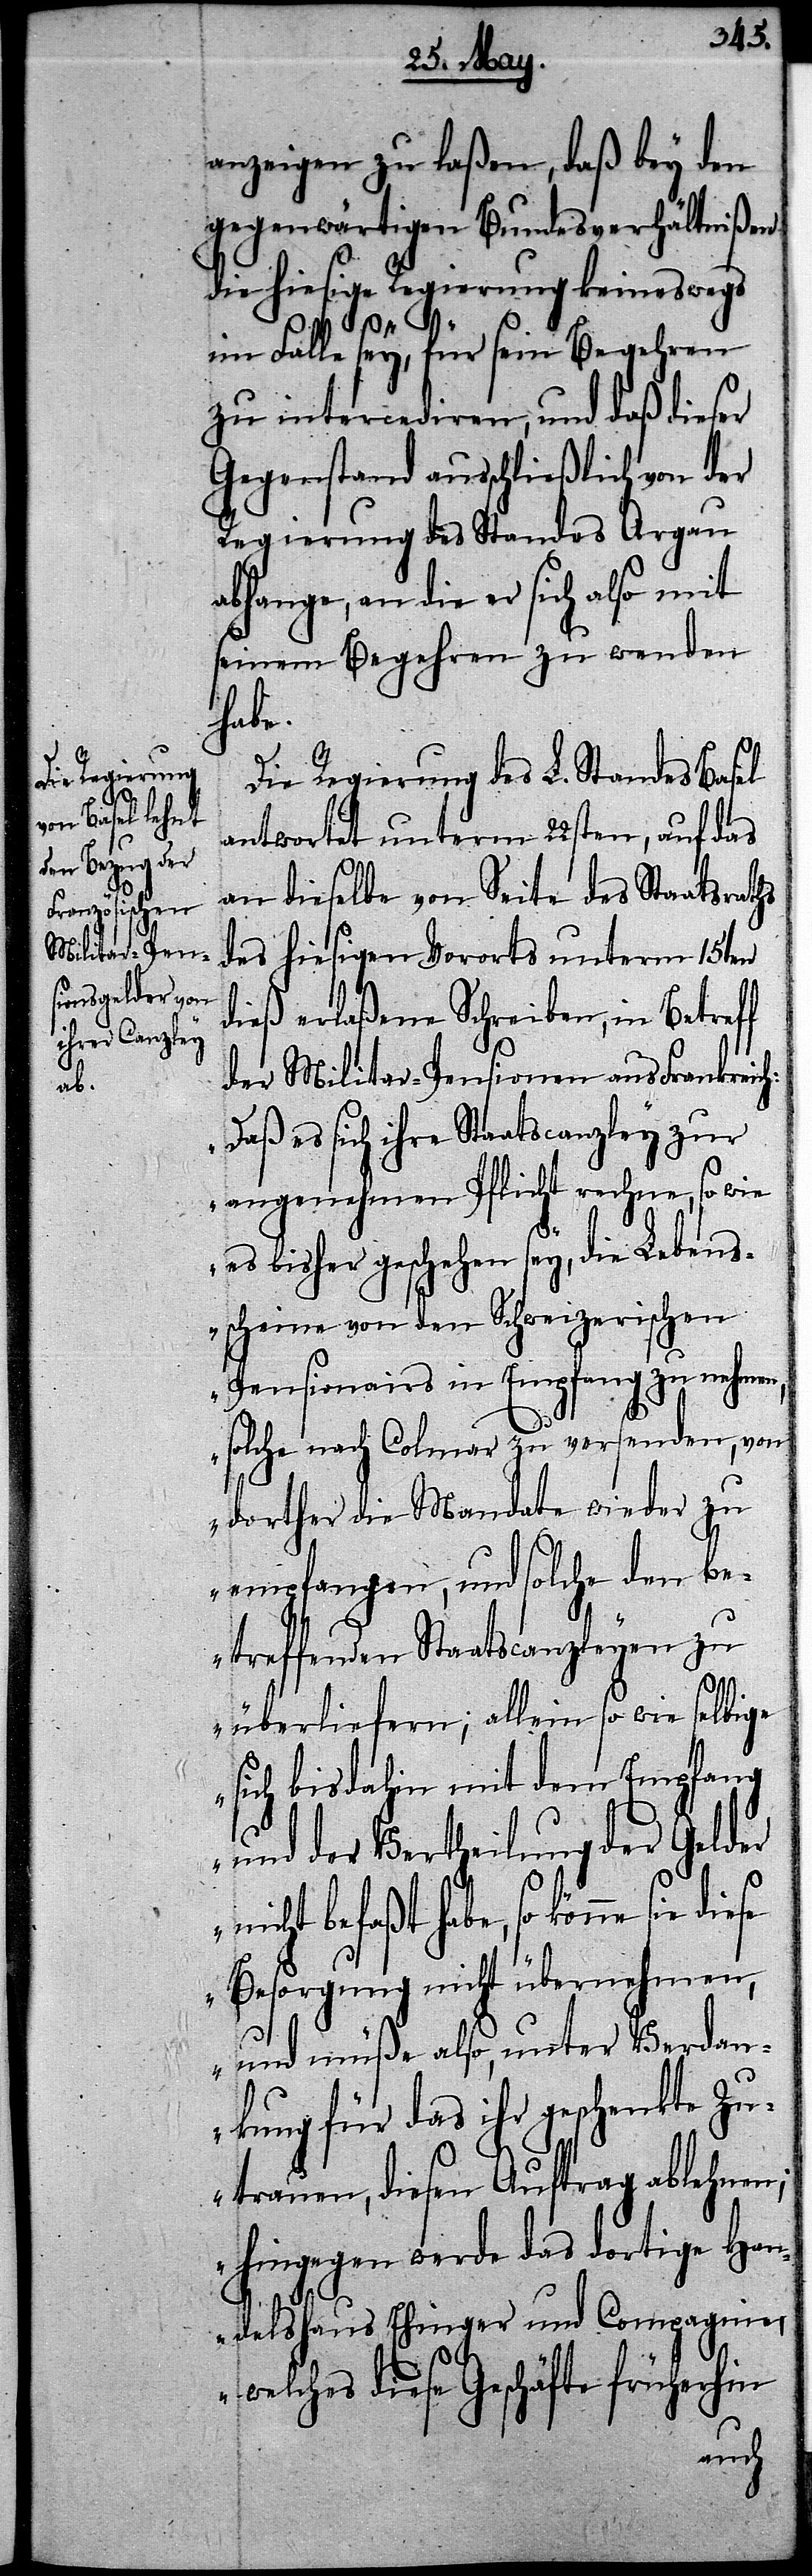
anzeigen zu laßen, daß bey den
gegenwärtigen Bundesverhältnißen
die hiesige Regierung keineswegs
im Falle sey, für sein Begehren
zu intercediren, und daß dieser
Gegenstand ausschließlich von der
Regierung des Standes Argau
abhange, an die er sich also mit
seinem Begehren zu wenden
habe.
Die Regierung des L. Standes Basel
antwortet unterm 22sten, auf das
an dieselbe von Seite des Staatsraths
des hiesigen Vororts unterm 15ten
dieß erlaßene Schreiben, in Betreff
der Militar-Pensionen aus Frankreich:
„Daß es sich ihre Staatscanzley zur
angenehmen Pflicht rechne, so wie
es bisher geschehen sey, die Lebens¬
scheine von den Schweizerischen
Pensionairs in Empfang zu nehmen,
solche nach Colmar zu versenden, von
dorther die Mandate wieder zu
empfangen, und solche den be¬
treffenden Staatscanzleyen zu
überliefern; allein so wie selbige
sich bisdahin mit dem Empfang
und der Vertheilung der Gelder
nicht befaßt habe, so könne sie
Besorgung nicht übernehmen,
und müße also, unter Verdan¬
kung für das ihr geschenkte Zu¬
trauen, diesen Auftrag ablehnen;
hingegen werde das dortige Han¬
delshaus Ehinger und Compagnie,
welches diese Geschäfte früherhin